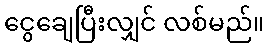
ငွေချေပြီးလျှင် လစ်မည်။